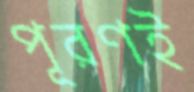
পূরণই